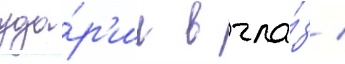
уда́р'ил в гла́з /